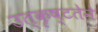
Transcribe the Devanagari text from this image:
उत्कृष्टतेने